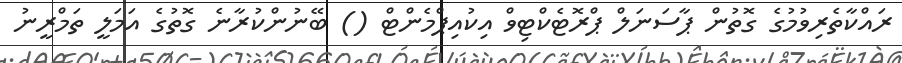
ރައްކާތެރިވުމުގެ ގޮތުން ޕާސަނަލް ޕްރޮޓެކްޓިވް އިކުއިޕްމެންޓް () ބޭނުންކުރާނެ ގޮތުގެ އަމަލީ ތަމްރީނު